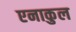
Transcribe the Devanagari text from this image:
एनाकुल